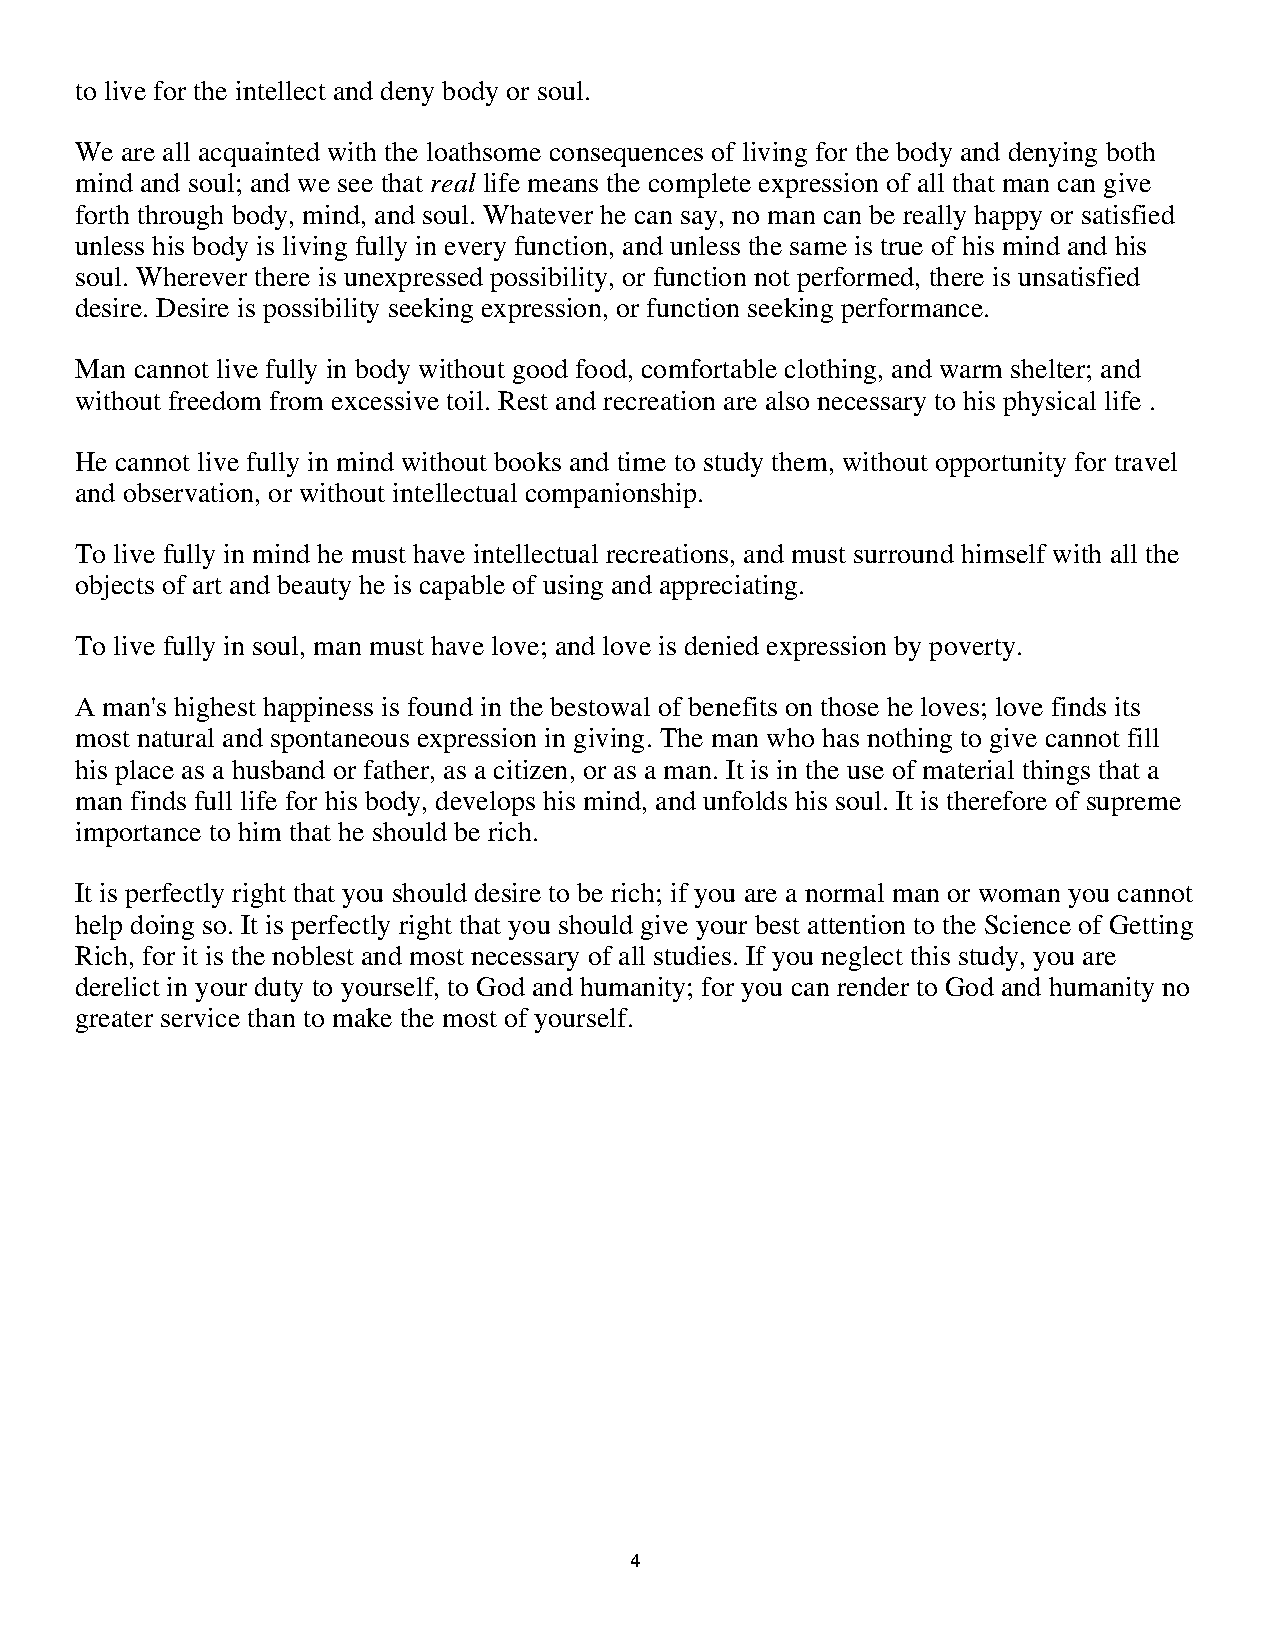
to live for the intellect and deny body or soul.
 We are all acquainted with the loathsome consequences of living for the body and denying both
 mind and soul; and we see that real life means the complete expression of all that man can give
 forth through body, mind, and soul. Whatever he can say, no man can be really happy or satisfied
 unless his body is living fully in every function, and unless the same is true of his mind and his
 soul. Wherever there is unexpressed possibility, or function not performed, there is unsatisfied
 desire. Desire is possibility seeking expression, or function seeking performance.
 Man cannot live fully in body without good food, comfortable clothing, and warm shelter; and
 without freedom from excessive toil. Rest and recreation are also necessary to his physical life .
 He cannot live fully in mind without books and time to study them, without opportunity for travel
 and observation, or without intellectual companionship.
 To live fully in mind he must have intellectual recreations, and must surround himself with all the
 objects of art and beauty he is capable of using and appreciating.
 To live fully in soul, man must have love; and love is denied expression by poverty.
 A man's highest happiness is found in the bestowal of benefits on those he loves; love finds its
 most natural and spontaneous expression in giving. The man who has nothing to give cannot fill
 his place as a husband or father, as a citizen, or as a man. It is in the use of material things that a
 man finds full life for his body, develops his mind, and unfolds his soul. It is therefore of supreme
 importance to him that he should be rich.
 It is perfectly right that you should desire to be rich; if you are a normal man or woman you cannot
 help doing so. It is perfectly right that you should give your best attention to the Science of Getting
 Rich, for it is the noblest and most necessary of all studies. If you neglect this study, you are
 derelict in your duty to yourself, to God and humanity; for you can render to God and humanity no
 greater service than to make the most of yourself.
 .
 .
 .
 .
 .
 .
 ..
 ..
 .
 .
 .
 .
 .
 .
 .
 .
 44